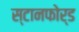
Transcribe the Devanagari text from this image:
स्टानफोर्ड